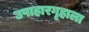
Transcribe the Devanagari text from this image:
उपाहारगृहाला